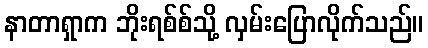
နာတာရှာက ဘိုးရစ်စ်သို့ လှမ်းပြောလိုက်သည်။